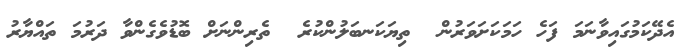
އެދޭކަމުގައިވާނަމަ ފަހެ ހަމަކަށަވަރުން  ތިޔަކަނބަލުންކުރެ  ތެރިންނަށް ބޮޑުވެގެންވާ ދަރުމަ ތައްޔާރު